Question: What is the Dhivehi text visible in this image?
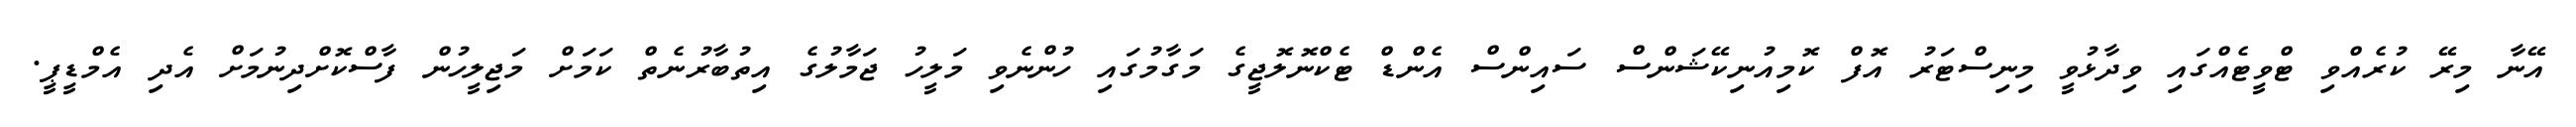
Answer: އޭނާ މިރޭ ކުރެއްވި ޓްވީޓެއްގައި ވިދާޅުވީ މިނިސްޓަރު އޮފް ކޮމިއުނިކޭޝަންސް ސައިންސް އެންޑް ޓެކްނޮލޮޖީގެ މަގާމުގައި ހުންނެވި މަލީހު ޖަމާލުގެ އިތުބާރުނެތް ކަމަށް މަޖިލީހުން ފާސްކޮށްދިނުމަށް އެދި އެމްޑީޕީ.